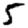
Digit: 5